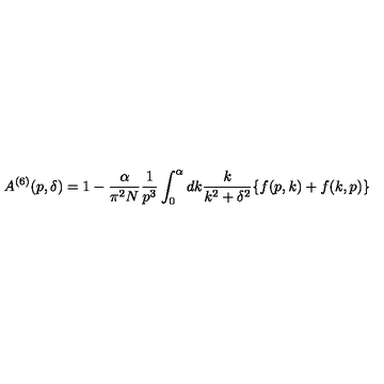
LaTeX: A ^ { ( 6 ) } ( p , \delta ) = 1 - \frac { \alpha } { \pi ^ { 2 } N } \frac { 1 } { p ^ { 3 } } \int _ { 0 } ^ { \alpha } d k \frac { k } { k ^ { 2 } + \delta ^ { 2 } } \{ f ( p , k ) + f ( k , p ) \}